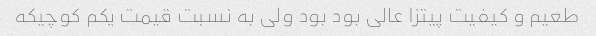
طعیم و کیفیت پیتزا عالی بود بود ولی به نسبت قیمت یکم کوچیکه